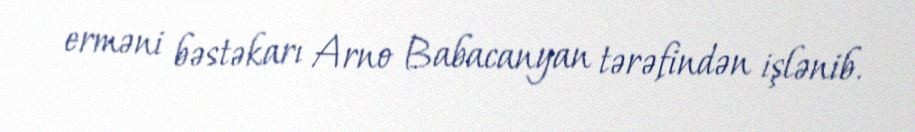
erməni bəstəkarı Arno Babacanyan tərəfindən işlənib.